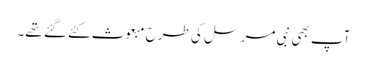
آپ بھی نبی مرسل کی طرح مبعوث کئے گئے تھے۔